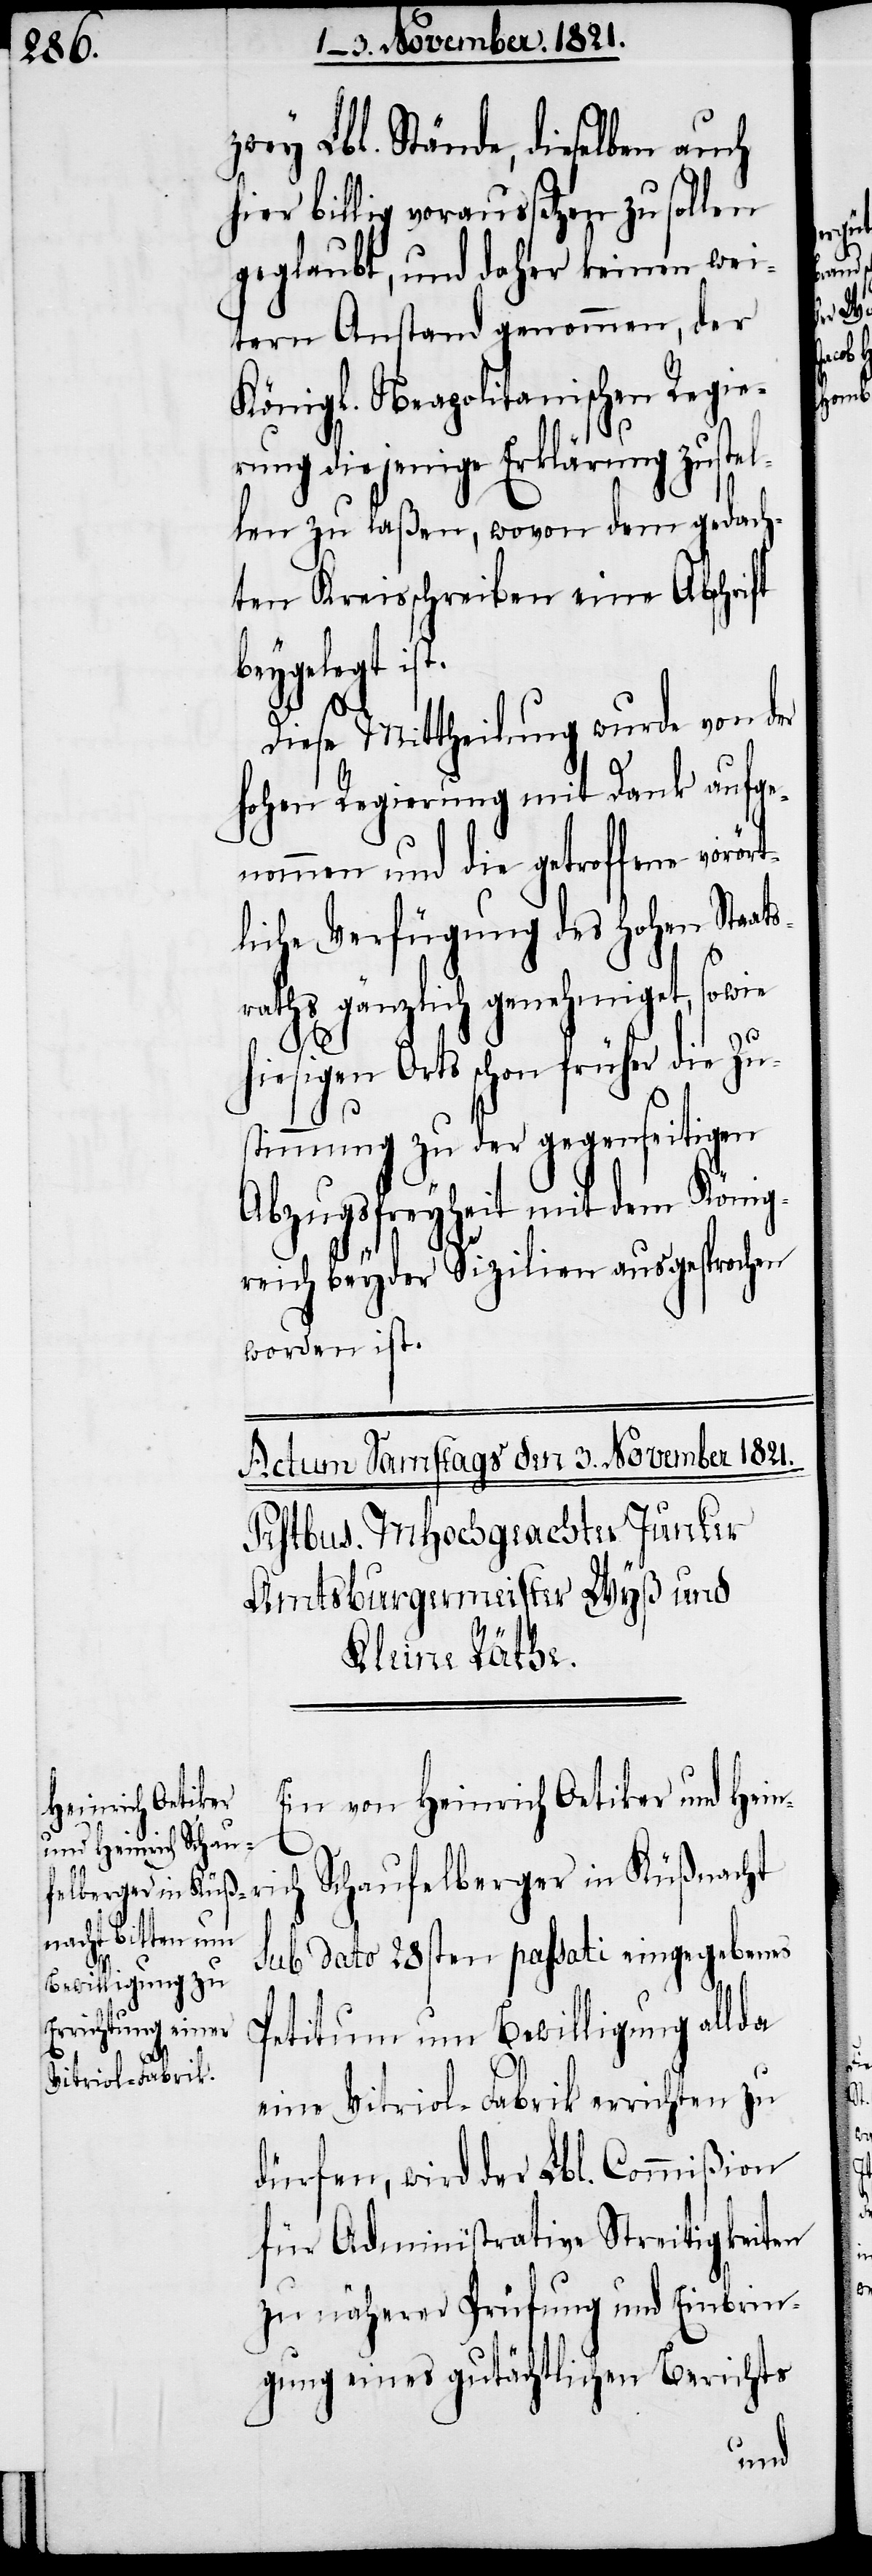
zwey Lbl. Stände, dieselben auch
hier billig voraussetzen zu sollen
geglaubt, und daher keinen wei¬
tern Anstand genommen, der
Königl. Neapolitanischen Regie¬
rung diejenige Erklärung zustel¬
len zu laßen, wovon dem gedach¬
ten Kreisschreiben eine Abschrift
beygelegt ist.
Diese Mittheilung wurde von der
hohen Regierung mit Dank aufge¬
nommen und die getroffene vorört¬
liche Verfügung des hohen Staats¬
raths gänzlich genehmigt, sowie
igen Orts schon früher die Zu¬
stimmung zu der gegenseitigen
Abzugsfreyheit mit dem König¬
reich beyder Sizilien ausgesprochen
worden ist.
Ein von Heinrich Oetiker und Hein¬
rich Schaufelberger in Küßnacht
sub dato 28sten passati eingegebenes
Petitum um Bewilligung allda
eine Vitriol-Fabrik errichten zu
dürfen, wird der Lbl. Commißion
für Administrative Streitigkeiten
zu näherer Prüfung und Einbrin¬
gung eines gutächtlichen Berichts

hies¬